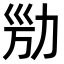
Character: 𠡔